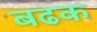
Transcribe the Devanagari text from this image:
बढक